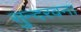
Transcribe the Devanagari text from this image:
सुन्दरवन।